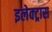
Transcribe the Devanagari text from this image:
इलेक्‍ट्रास